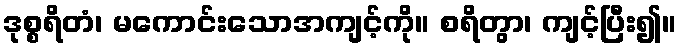
ဒုစ္စရိတံ၊ မကောင်းသောအကျင့်ကို။ စရိတွာ၊ ကျင့်ပြီး၍။